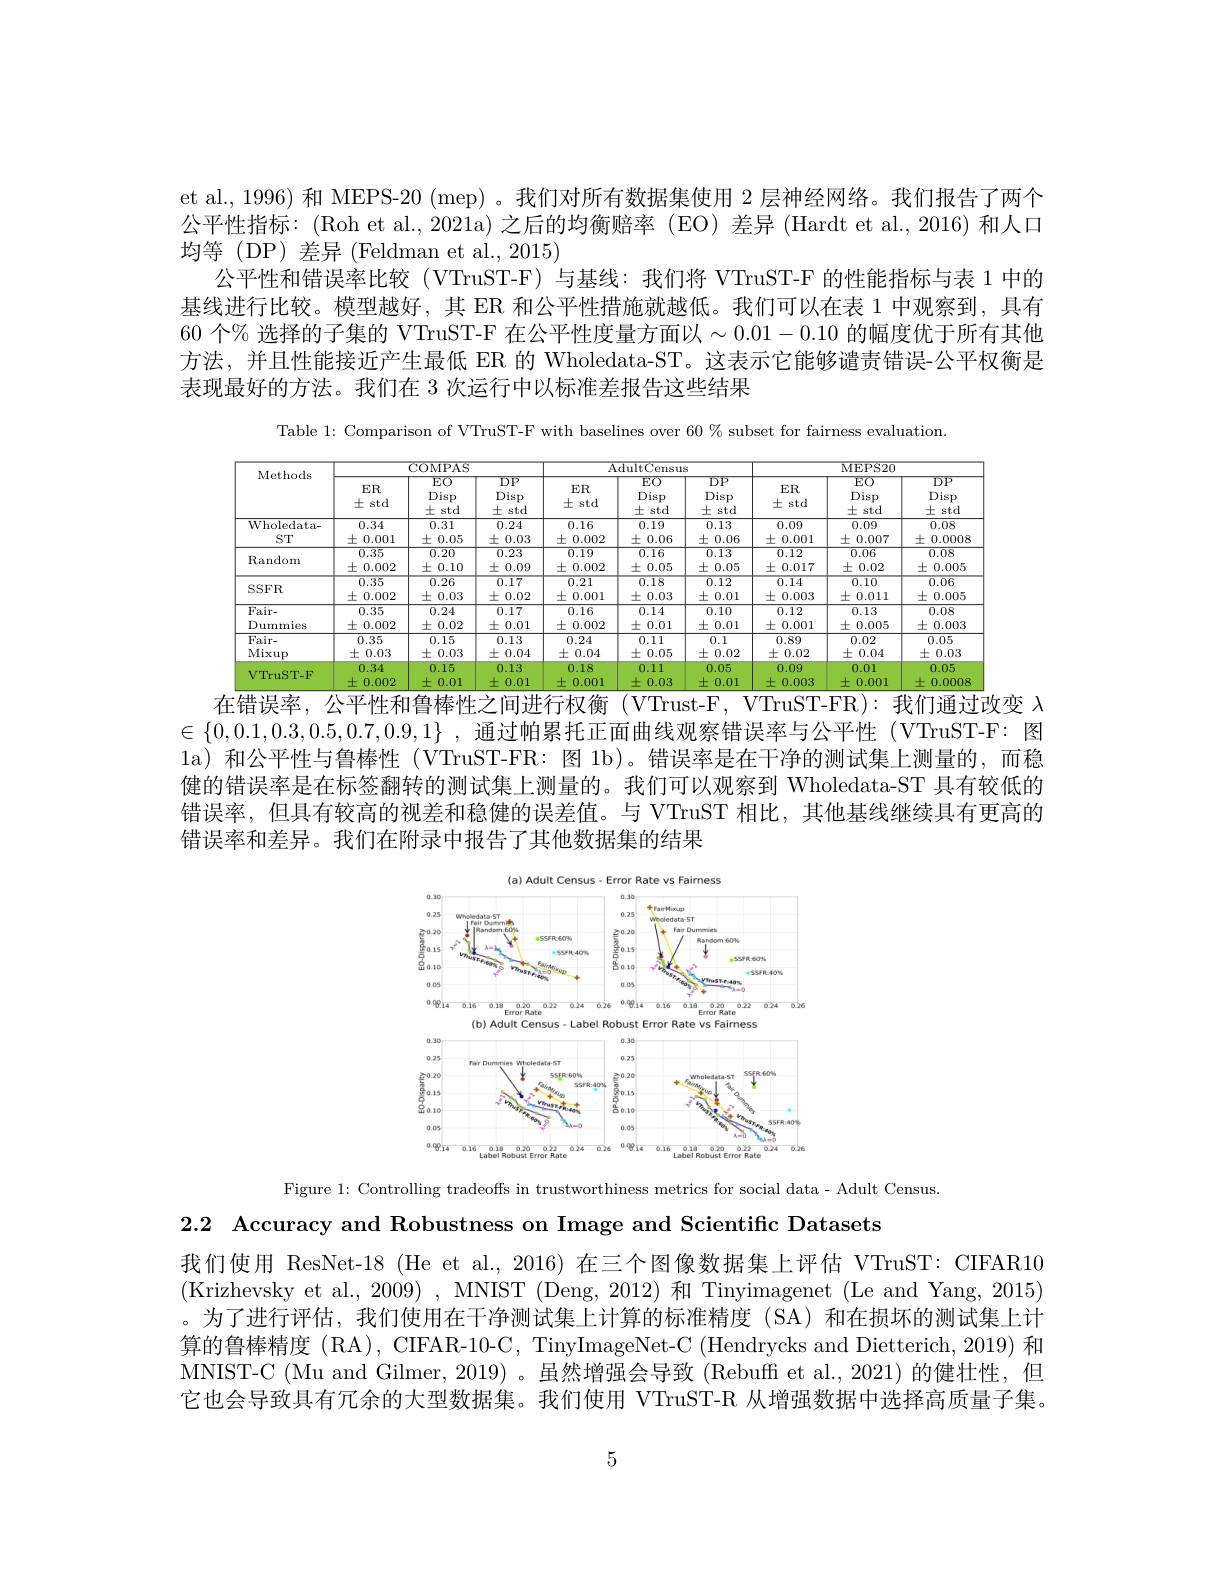
et al., 1996) 和 MEPS-20 (mep) 。我们对所有数据集使用 2 层神经网络。我们报告了两个公平性指标：(Roh et al., 2021a) 之后的均衡赔率 (EO) 差异 (Hardt et al., 2016) 和人口均等(DP)差异(Feldman et al.,2015)
公平性和错误率比较 (VTruST-F)与基线：我们将 VTruST-F 的性能指标与表 1 中的基线进行比较。模型越好，其 ER 和公平性措施就越低。我们可以在表 1 中观察到，具有60 个% 选择的子集的 VTruST-F 在公平性度量方面以$\sim0.01-0.10$ 的幅度优于所有其他方法，并且性能接近产生最低 ER 的 Wholedata-ST。这表示它能够谴责错误-公平权衡是表现最好的方法。我们在 3 次运行中以标准差报告这些结果

Table 1: Comparison of VTruST-F with baselines over $60\%$ subset for fairness evaluation.

<table>
	<tbody>
		<tr>
			<th rowspan="2">Methods</th>
			<th colspan="3">COMPAS</th>
			<th colspan="3">$\overline{{\mathrm{AdultCensus}}}$</th>
			<th colspan="3">MEPS20</th>
		</tr>
		<tr>
			<th>$ER$ 士 std</th>
			<th>$EO$ Disp 土 std</th>
			<th>$DP$ $\operatorname{Disp}$ 土 std</th>
			<th>ER $\pm$ std</th>
			<th>$EO$ Disp 土 std</th>
			<th>$DP$ $\operatorname{Disp}$ 士 std</th>
			<th>$ER$ 土 std</th>
			<th>$EO$ Disp 土 std</th>
			<th>$DP$ Disp 士 std</th>
		</tr>
		<tr>
			<td>Wholedata- $ST$</td>
			<td>0.34 $\pm$ 0.001</td>
			<td>0.31 土 0.05</td>
			<td>0.24 士( 0.03</td>
			<td>0.16 $\pm C$ 0.002</td>
			<td>0.19 士 0.06</td>
			<td>0.13 $\pm($ 0.06 </td>
			<td>0.09 土 0.001</td>
			<td>0.09 $\pm$ 0.007</td>
			<td>0.08 士 0.0008</td>
		</tr>
		<tr>
			<td>Random</td>
			<td>$\overline{0.35}$ $\pm$ 0.002</td>
			<td>$\overline{0.20}$ $\pm0.10$ 1 1 1</td>
			<td>0.23 土 0.09</td>
			<td>$\overline{0.19}$ $\pm$ 0.002</td>
			<td>0.16 $\pm0.05$ 1 1 1</td>
			<td>0.13 $\pm C$ 0.05</td>
			<td>0.12 $\pm($ 0.017</td>
			<td>$\overline{0.06}$ $\pm0.02$ 1</td>
			<td>$\overline{0.08}$ $\pm$ 0.005 1 1</td>
		</tr>
		<tr>
			<td>SSFR</td>
			<td>$\overline{0.35}$ $\pm($ 0.002</td>
			<td>$\overline{0.26}$ 土 0.03</td>
			<td>$\overline{0.17}$ 土 0.02</td>
			<td>$\overline{0.21}$ 士 0.001</td>
			<td>$\overline{0.18}$ 土 0.03</td>
			<td>0.12 士 0.01</td>
			<td>$\overline{0.14}$ 十 0.003</td>
			<td>$\overline{0.10}$ 士 0.011 - </td>
			<td>$\overline{0.06}$ 士 0.005</td>
		</tr>
		<tr>
			<td>$Fair-$ Dummies</td>
			<td>0.35 $\pm$ 0.002</td>
			<td>0.24 $\pm0.02$</td>
			<td>0.17 土 0.01</td>
			<td>0.16 $\pm$ 0.002</td>
			<td>0.14 $\pm0.01$</td>
			<td>0.10 土 0.01</td>
			<td>0.12 $\pm($ 0.001</td>
			<td>0.13 $\pm$ 0.005</td>
			<td>0.08 土 0.003</td>
		</tr>
		<tr>
			<td>Fair- Mixup</td>
			<td>0.35 $\pm0.03$</td>
			<td>0.15 $\pm0.03$ 1 T T</td>
			<td>0.13 $\pm($ 0.04</td>
			<td>0.24 $\pm0.04$</td>
			<td>0.11 $\pm0.05$ T</td>
			<td>0.1 $\pm0.02$ 1</td>
			<td>0.89 $\pm$ 0.02</td>
			<td>0.02 $\pm0.04$ T</td>
			<td>0.05 $\pm C$ 0.03 </td>
		</tr>
		<tr>
			<td>VTruST-F</td>
			<td>0.34 0.002 +</td>
			<td>0.15 土 0.01</td>
			<td>0.13 土 0.01</td>
			<td>0.18 土 0.001</td>
			<td>0.11 土 0.03</td>
			<td>0.05 土 0.01</td>
			<td>0.09 + 0.003</td>
			<td>0.01 土 0.001</td>
			<td>0.05 十 0.0008</td>
		</tr>
	</tbody>
</table>
在错误率，公平性和鲁棒性之间进行权衡(VTrust-F,VTruST-FR):我们通过改变$\lambda$

$\in\{0,0.1,0.3,0.5,0.7,0.9,1\}$ ,通过帕累托正面曲线观察错误率与公平性 (VTruST-F: 图1a) 和公平性与鲁棒性 (VTruST-FR: 图 1b)。错误率是在干净的测试集上测量的，而稳健的错误率是在标签翻转的测试集上测量的。我们可以观察到 Wholedata-ST 具有较低的错误率，但具有较高的视差和稳健的误差值。与 VTruST 相比，其他基线继续具有更高的错误率和差异。我们在附录中报告了其他数据集的结果

<FigureHere>

Figure 1: Controlling tradeoffs in trustworthiness metrics for social data- Adult Census
2.2 Accuracy and Robustness on Image and Scientific Datasets

我们使用 ResNet-18 (He et al., 2016) 在三个图像数据集上评估 VTruST: CIFAR10 (Krizhevsky et al., 2009) , MNIST (Deng, 2012) 和 Tinyimagenet (Le and Yang, 2015) 。为了进行评估，我们使用在干净测试集上计算的标准精度(SA)和在损坏的测试集上计算的鲁棒精度 (RA), CIFAR-10-C, TinyImageNet-C (Hendrycks and Dietterich, 2019) 和MNIST-C (Mu and Gilmer, 2019) 。虽然增强会导致 (Rebuff et al., 2021) 的健壮性，但它也会导致具有冗余的大型数据集。我们使用 VTruST-R 从增强数据中选择高质量子集。

5